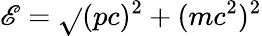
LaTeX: \mathscr{E}={\sqrt{}{{(pc)^{2}+(mc^{2})^{2}}}}